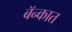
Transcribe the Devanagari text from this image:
बॅन्कात